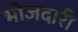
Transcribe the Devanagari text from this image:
भोजदारी